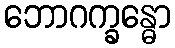
ဘောဂက္ခန္ဓော